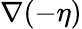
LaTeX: \nabla(-\eta)